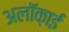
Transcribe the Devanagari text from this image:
अलॉक़ाई